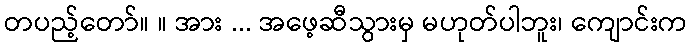
တပည့်တော်။ ။ အား ... အဖေ့ဆီသွားမှ မဟုတ်ပါဘူး၊ ကျောင်းက